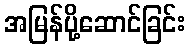
အမြန်ပို့ဆောင်ခြင်း